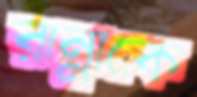
রান্নাকে